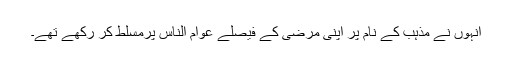
انہوں نے مذہب کے نام پر اپنی مرضی کے فیصلے عوام الناس پرمسلط کر رکھے تھے۔